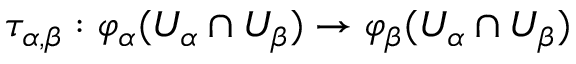
\tau _ { \alpha , \beta } : \varphi _ { \alpha } ( U _ { \alpha } \cap U _ { \beta } ) \to \varphi _ { \beta } ( U _ { \alpha } \cap U _ { \beta } )